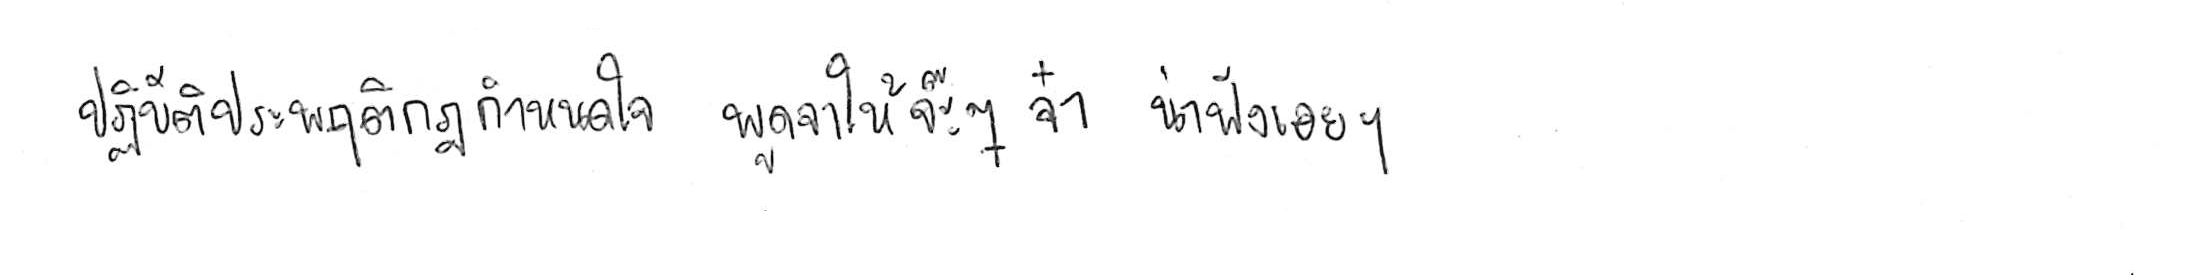
ปฏิบัติประพฤติกฎกำหนดใจ พูดจาให้จ๊ะๆ จ๋า น่าฟังเอยฯ